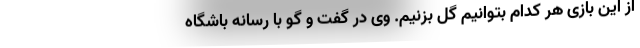
از این بازی هر کدام بتوانیم گل بزنیم. وی در گفت و گو با رسانه باشگاه